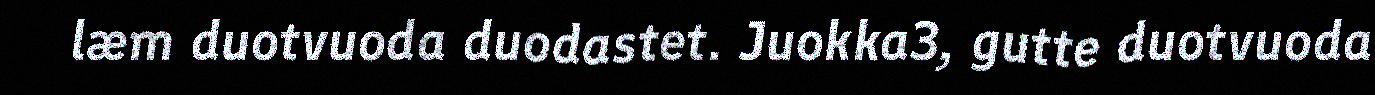
læm duotvuoda duodastet. Juokka3, gutte duotvuoda